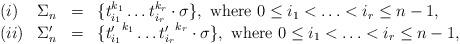
LaTeX: \begin{align*}\begin{array}{llll} (i) & \Sigma_{n} & = & \{t_{i_{1} } ^{k_{1} } \ldots t_{i_{r}}^{k_{r} } \cdot \sigma \} ,\ {\rm where}\ 0\le i_{1} <\ldots <i_{r} \le n-1,\\ (ii) & \Sigma^{\prime} _{n} & = & \{ {t^{\prime}_{i_1}}^{k_{1}} \ldots {t^{\prime}_{i_r}}^{k_{r}} \cdot \sigma \} ,\ {\rm where}\ 0\le i_{1} < \ldots <i_{r} \le n-1, \\\end{array}\end{align*}